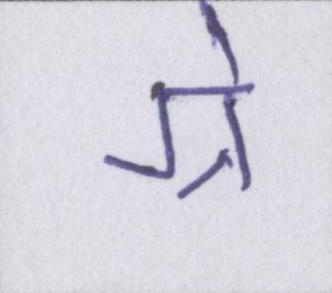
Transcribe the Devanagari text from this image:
ग्रे